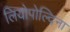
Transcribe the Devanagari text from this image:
लियोपोल्दिना